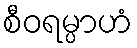
စီဝရမ္ပာဟံ